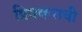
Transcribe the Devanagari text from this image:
प्रियकराची